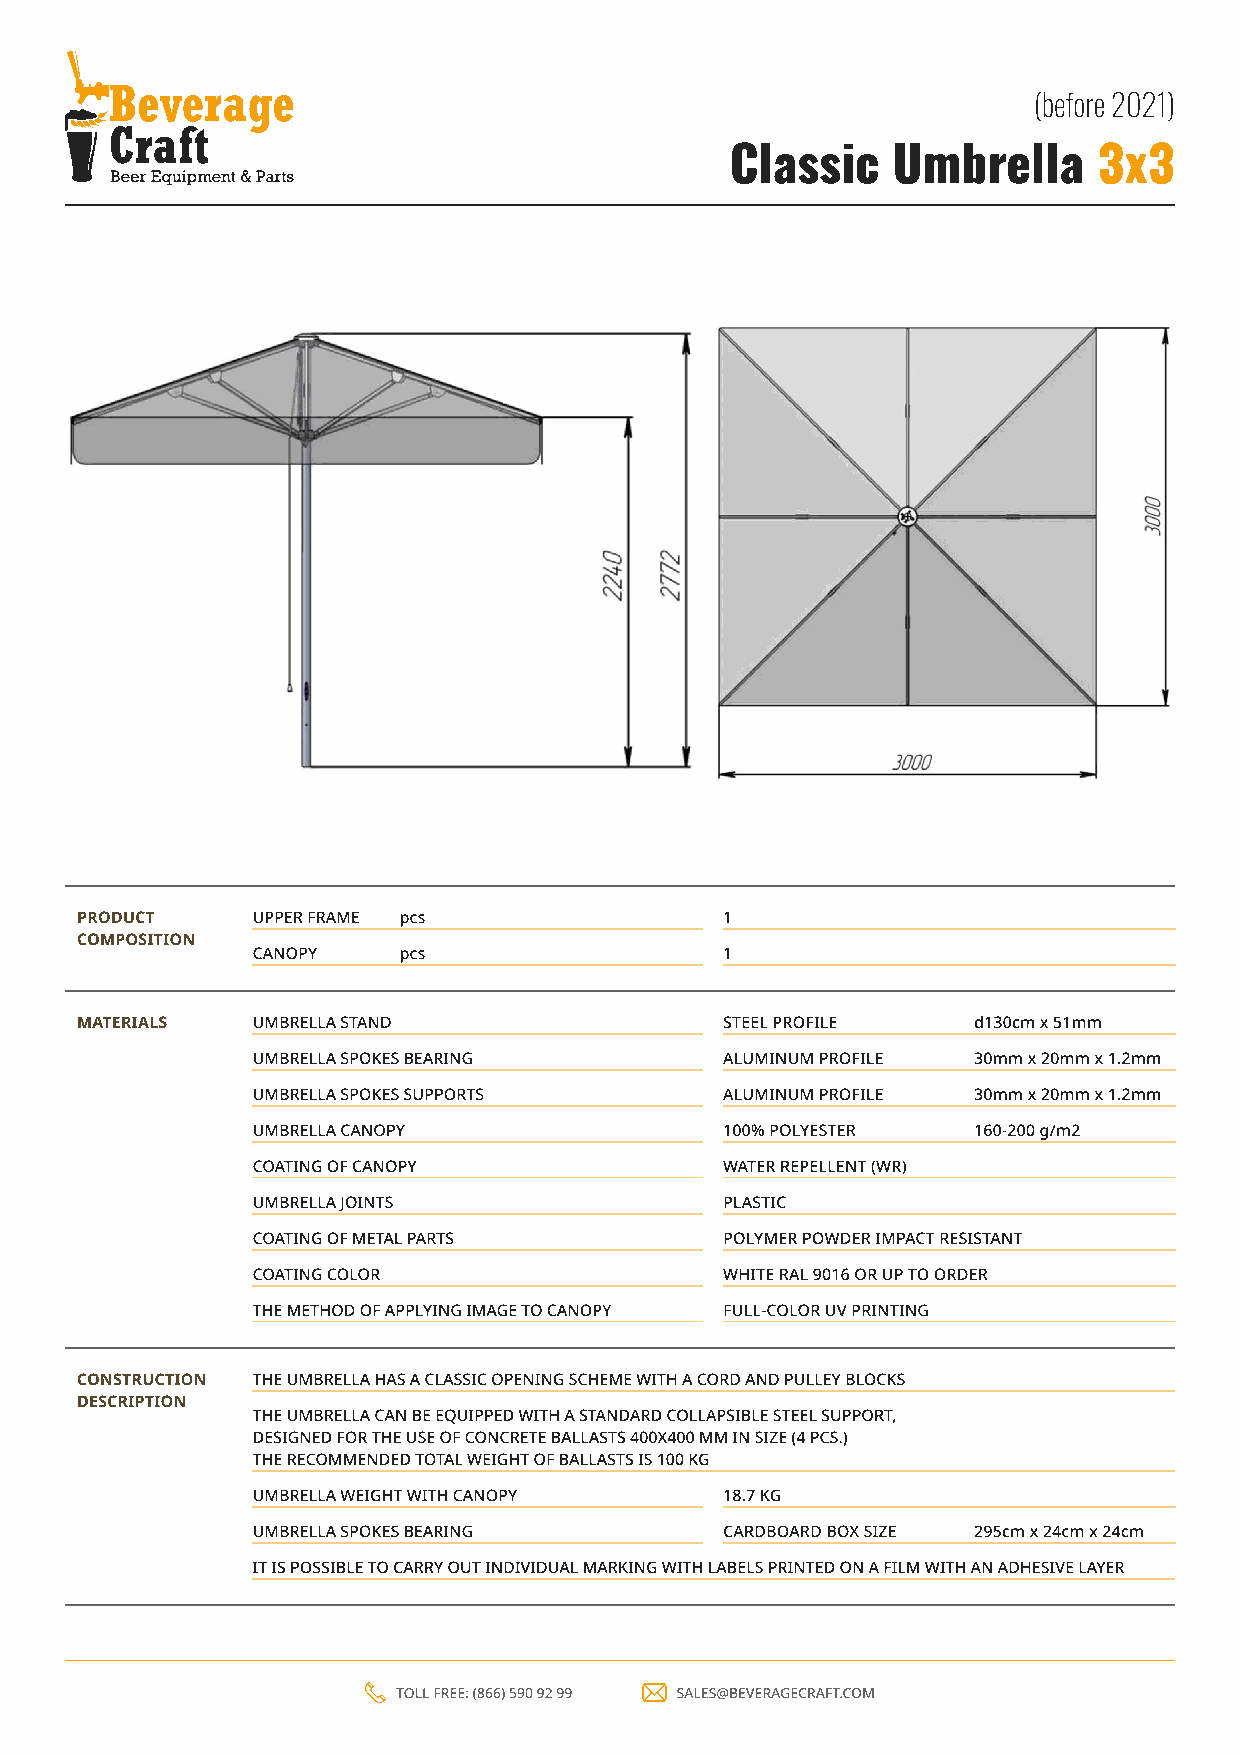
(before 2021)
 Classic    Umbrella      3x3
 Product     Upper frame pcs                1
 composition
 Canopy   pcs                   1
 Materials   Umbrella stand                 Steel profile   d130cm х 51mm
 Umbrella spokes bearing        Aluminum profile 30mm х 20mm х 1.2mm
 Umbrella spokes supports       Aluminum profile 30mm х 20mm х 1.2mm
 Umbrella canopy                100% polyester  160-200 g/m2
 Coating of canopy              Water repellent (WR)
 Umbrella joints                Plastic
 Coating of metal parts         Polymer powder impact resistant
 Coating color                  White RAL 9016 or up to order
 The method of applying image to canopy Full-color UV printing
 Construction The umbrella has a classic opening scheme with a cord and pulley blocks
 description
 The umbrella can be equipped with a standard collapsible steel support,
 designed for the use of concrete ballasts 400x400 mm in size (4 pcs.)
 The recommended total weight of ballasts is 100 kg
 Umbrella weight with canopy    18.7 kg
 Umbrella spokes bearing        Cardboard box size 295cm х 24cm х 24cm
 It is possible to carry out individual marking with labels printed on a film with an adhesive layer
 TOLL FREE: (866) 590 92 99 sales@beveragecraft.com